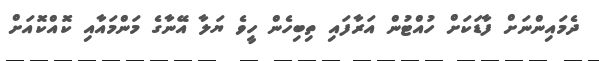
ދެމައިންނަށް ފާޑަކަށް ހުއްޓުން އަރާފައި ތިބިހެން ހީވެ ޔަލާ އޭނާގެ މަންމައާއި ކޮއްކޮއަށް